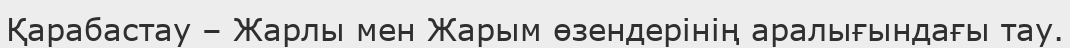
Қарабастау – Жарлы мен Жарым өзендерінің аралығындағы тау.